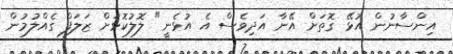
އިންސާނުން އުޅޭ ގޮތަށް އޭނާ އަދިވެސް އެ އުޅެނީ" ލޮލުކޮޅަށް ޒަލަފް ގެއްލުމުން